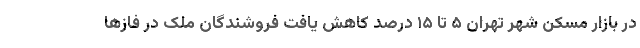
در بازار مسکن شهر تهران ۵ تا ۱۵ درصد کاهش یافت فروشندگان ملک در فازها